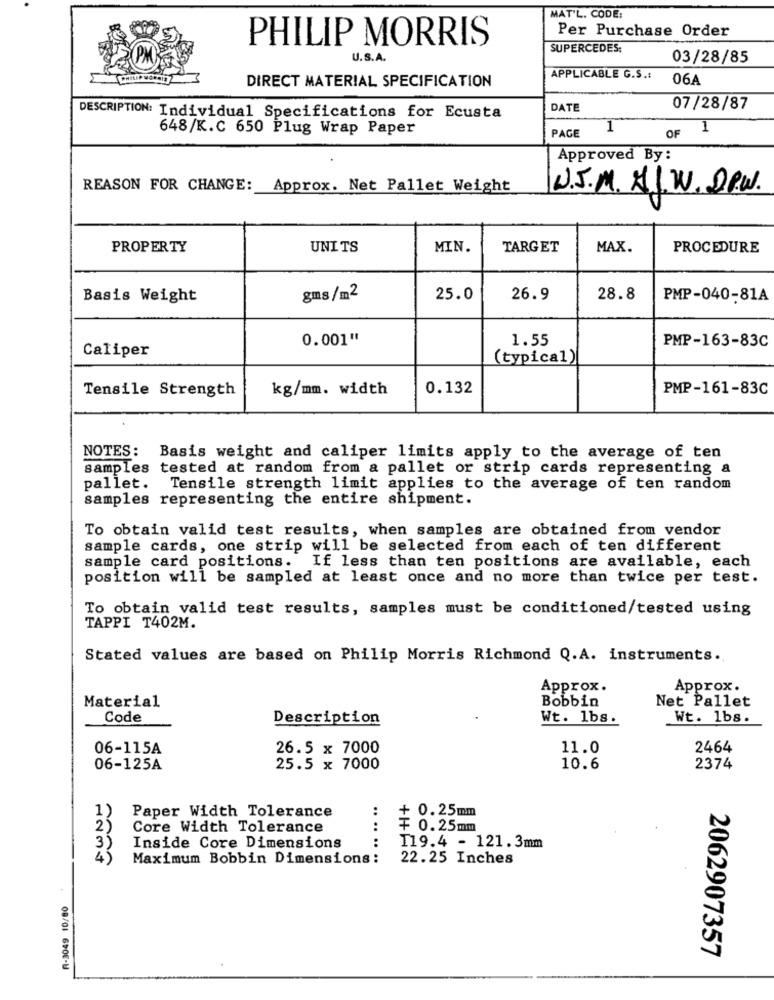
MAT'L. CODE:
Per Purchase Order
PHILIP MORRIS
SUPERCEDES:
U.S.A.
03/28/85
DIRECT MATERIAL SPECIFICATION
APPLICABLE G.S .:
06A
DATE
07/28/87
DESCRIPTION: Individual Specifications for Ecusta
648/K.C 650 Plug Wrap Paper
PAGE
1
OF
1
Approved By:
REASON FOR CHANGE:
Approx. Net Pallet Weight
U.S.M. A.W. DPW.
PROPERTY
UNITS
MIN.
TARGET
MAX.
PROCEDURE
Basis Weight
gms/m2
25.0
26.9
28.8
PMP-040-81A
0.001"
1.55
PMP-163-83C
Caliper
(typical)
Tensile Strength
kg/mm. width
0.132
PMP-161-83C
NOTES: Basis weight and caliper limits apply to the average of ten
samples tested at random from a pallet or strip cards representing a
pallet. Tensile strength limit applies to the average of ten random
samples representing the entire shipment.
To obtain valid test results, when samples are obtained from vendor
sample cards, one strip will be selected from each of ten different
sample card positions. If less than ten positions are available, each
position will be sampled at least once and no more than twice per test.
To obtain valid test results, samples must be conditioned/tested using
TAPPI T402M.
Stated values are based on Philip Morris Richmond Q.A. instruments.
Approx.
Approx.
Bobbin
Net Pallet
Material
Code
Description
Wt. lbs.
Wt. 1bs.
06-115A
26.5 x 7000
11.0
2464
06-125A
25.5 x 7000
10.6
2374
+ 0.25mm
1)
Paper Width Tolerance
2
Core Width Tolerance
₮ 0.25mm
Inside Core Dimensions
......
119.4 - 121.3mm
4
Maximum Bobbin Dimensions:
22.25 Inches
R-3049 10/80
2062907357